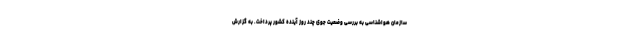
سازمان هواشناسی به بررسی وضعیت جوی چند روز آینده کشور پرداخت. به گزارش